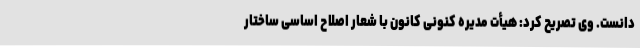
دانست. وی تصریح کرد: هیأت مدیره کنونی کانون با شعار اصلاح اساسی ساختار